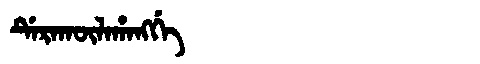
Manchu: ᡩᡝᡵᠠᡴᡡᠯᠠᡥᠠᠩᡤᡝ
Romanization: DERAKŪLAHANGGE